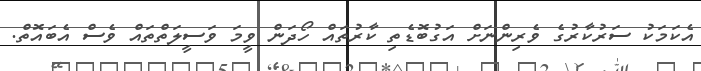
އެކަމަކު ސަރުކާރުގެ ވެރިންނަށް އަގުބޮޑެތި ކާރުތައް ހޯދަން ވީމަ ވަސީލަތްތައް ވެސް އެބައޮތް.